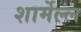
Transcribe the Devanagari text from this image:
शार्मेल्ल